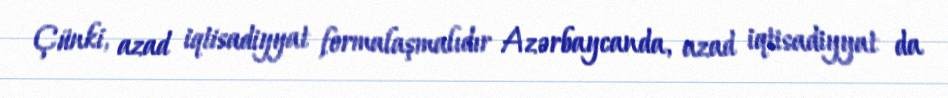
Çünki, azad iqtisadiyyat formalaşmalıdır Azərbaycanda, azad iqtisadiyyat da